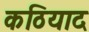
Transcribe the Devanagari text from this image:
कठियाद